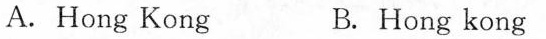
A.Hong Kong B. Hong kong